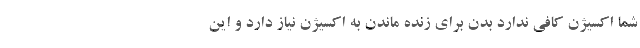
شما اکسیژن کافی ندارد بدن برای زنده ماندن به اکسیژن نیاز دارد و این